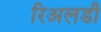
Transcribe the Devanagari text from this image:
रिअलडी